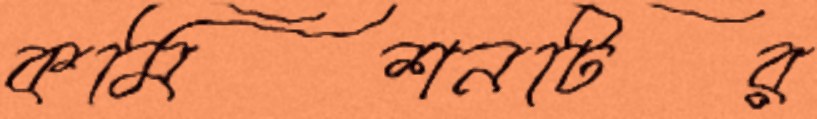
কমিশনটির